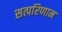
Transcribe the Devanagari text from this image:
सत्परिणाम